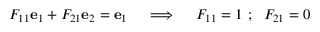
F _ { 1 1 } \mathbf { e } _ { 1 } + F _ { 2 1 } \mathbf { e } _ { 2 } = \mathbf { e } _ { 1 } \quad \implies \quad F _ { 1 1 } = 1 ~ ; ~ ~ F _ { 2 1 } = 0